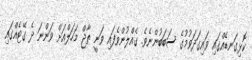
ކޮޅިގަނޑެއްގައި ވައިގަދަވުމުގެ ސަބަބުންނެވެ. ގެއްލުންވެފައި ވަނީ ތާޖް މަހަލްއަށް ވަންނަ ދެ ގޭޓެއްގައި